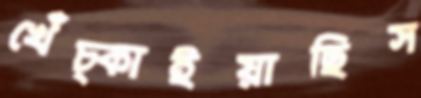
খেঁচ্‌কাইয়াছিস